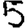
Digit: 5